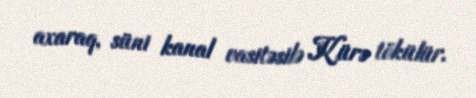
axaraq, süni kanal vasitəsilə Kürə tökülür.